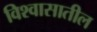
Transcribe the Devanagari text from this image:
विश्‍वासातील